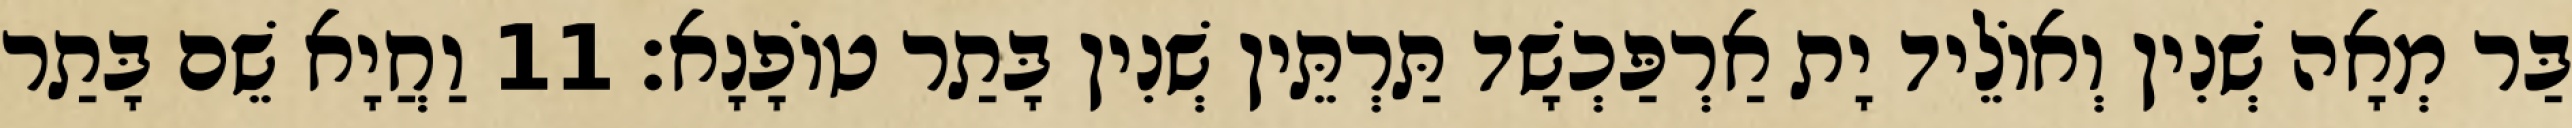
בַּר מְאָה שְׁנִין וְאוֹלֵיד יָת אַרְפַּכְשָׁד תַּרְתֵּין שְׁנִין בָּתַר טוֹפָנָא׃ 11 וַחֲיָא שֵׁם בָּתַר